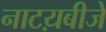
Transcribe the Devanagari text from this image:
नाटय़बीजे